Civil Veterinary Department Bihar & Orissa reports 1929-36 - 1929-1936
Year: 1929
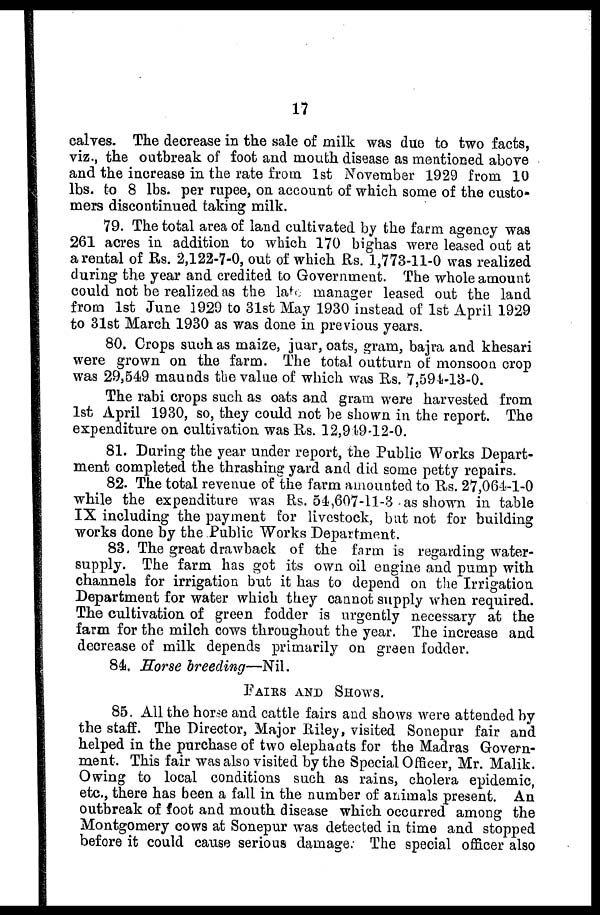
17
calves. The decrease in the sale of milk was due to two facts,
viz., the outbreak of foot and mouth disease as mentioned above
and the increase in the rate from 1st November 1929 from 10
lbs. to 8 lbs. per rupee, on account of which some of the custo-
mers discontinued taking milk.
79. The total area of land cultivated by the farm agency was
261 acres in addition to which 170 bighas were leased out at
a'rental of Us. 2,122-7-0, out of which Rs. 1,773-11-0 was realized
during the year and credited to Government. The whole amount
could not be realized as the late manager leased out the land
from 1st June 1929 to 31st May 1930 instead of 1st April 1929
to 31st March 1930 as was done in previous years.
80. Crops such as maize, juar, oats, gram, bajra and khesari
were grown on the farm. The total outturn of monsoon crop
was 29,549 maunds the value of which was Us. 7,594-13-0.
The rabi crops such as oats and gram were harvested from
1st April 1930, so, they could not be shown in the report. The
expenditure on cultivation was Rs. 12,919-12-0.
81. During the year under report, the Public Works Depart-
ment completed the thrashing yard and did some petty repairs.
82. The total revenue of the farm amounted to Rs. 27,064-1-0
while the expenditure was Rs. 54,607-11-3 as shown in table
IX including the payment for livestock, but not for building
works done by the Public Works Department.
83. The great drawback of the farm is regarding water-
supply. The farm has got its own oil engine and pump with
channels for irrigation but it has to depend on the Irrigation
Department for water which they cannot supply when required.
The cultivation of green fodder is urgently necessary at the
farm for the milch cows throughout the year. The increase and
decrease of milk depends primarily on green fodder.
84. Horse breeding—Nil.
FAIRS AND SHOWS.
85. All the horse and cattle fairs and shows were attended by
the staff. The Director, Major Riley, visited Sonepur fair and
helped in the purchase of two elephants for the Madras Govern-
ment. This fair was also visited by the Special Officer, Mr. Malik.
Owing to local conditions such as rains, cholera epidemic,
etc., there has been a fall in the number of animals present. An
outbreak of foot and mouth disease which occurred among the
Montgomery cows at Sonepur was detected in time and stopped
before it could cause serious damage. The special officer also